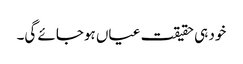
خود ہی حقیقت عیاں ہوجائے گی۔